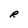
Character: R